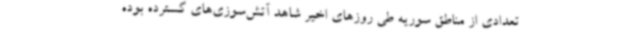
تعدادی از مناطق سوریه طی روزهای اخیر شاهد آتش‌سوزی‌های گسترده بوده